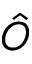
\hat { O }